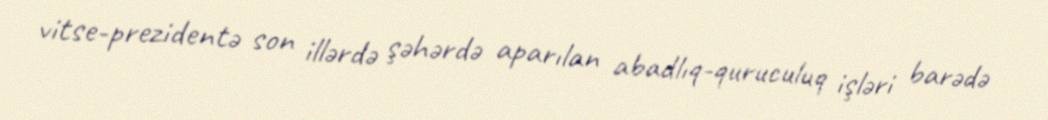
vitse-prezidentə son illərdə şəhərdə aparılan abadlıq-quruculuq işləri barədə